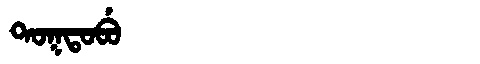
Manchu: ᡨᠣᡴᡨᠣᠪᡠ
Romanization: TOKTOBU